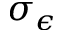
\sigma _ { \epsilon }